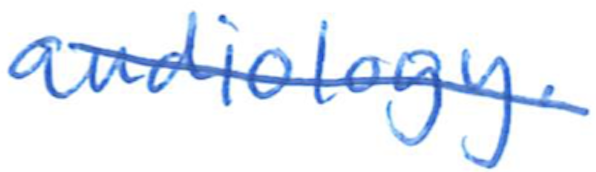
Text: audiology.
Cross-out: diagonal
Writing tool: ballpoint